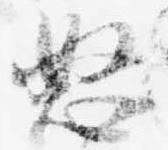
怒